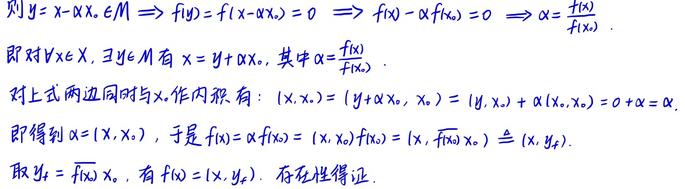
则$y = x - \alpha x_0, x\in M\Rightarrow f(y)=f(x - \alpha x_0)=0\Rightarrow f(x)-\alpha f(x_0)=0\Rightarrow\alpha=\frac{f(x)}{f(x_0)}.$
即对$\forall x\in X,\exists y\in M$有$x = y+\alpha x_0$, 其中$\alpha=\frac{f(x)}{f(x_0)}.$
对上式两边同时与$x_0$作内积有:$(x,x_0)=(y + \alpha x_0,x_0)=(y,x_0)+\alpha(x_0,x_0)=0+\alpha\lVert x_0\rVert^2.$
即得到$\alpha=(x,x_0)$, 于是$f(x)=\alpha f(x_0)=(x,x_0)f(x_0)=(x,\overline{f(x_0)}x_0)\triangleq(x,y_f).$
取$y_f=\overline{f(x_0)}x_0$, 有$f(x)=(x,y_f).$ 存在性得证.